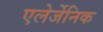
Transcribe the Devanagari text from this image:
एलेर्जेनिक